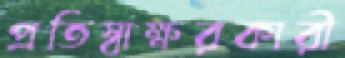
প্রতিস্বাক্ষরকারী